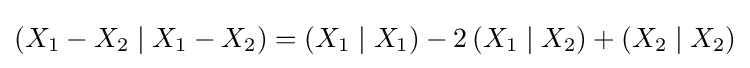
\left(X_{1}-X_{2}\mid X_{1}-X_{2}\right)=\left(X_{1}\mid X_{1}\right)-2\left(X_{1}\mid X_{2}\right)+\left(X_{2}\mid X_{2}\right)